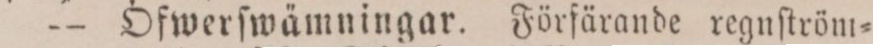
— Öfwerſwämningar. Förfärande regnſtröm=